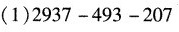
(1)$$2937 - 493 - 207$$